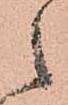
之